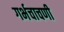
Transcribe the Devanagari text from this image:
गर्भचाचणी